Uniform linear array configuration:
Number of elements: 4
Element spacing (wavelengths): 0.5
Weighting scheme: cosine
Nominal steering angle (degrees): -30
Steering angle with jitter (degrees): -28.555
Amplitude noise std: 0.05
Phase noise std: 0.05

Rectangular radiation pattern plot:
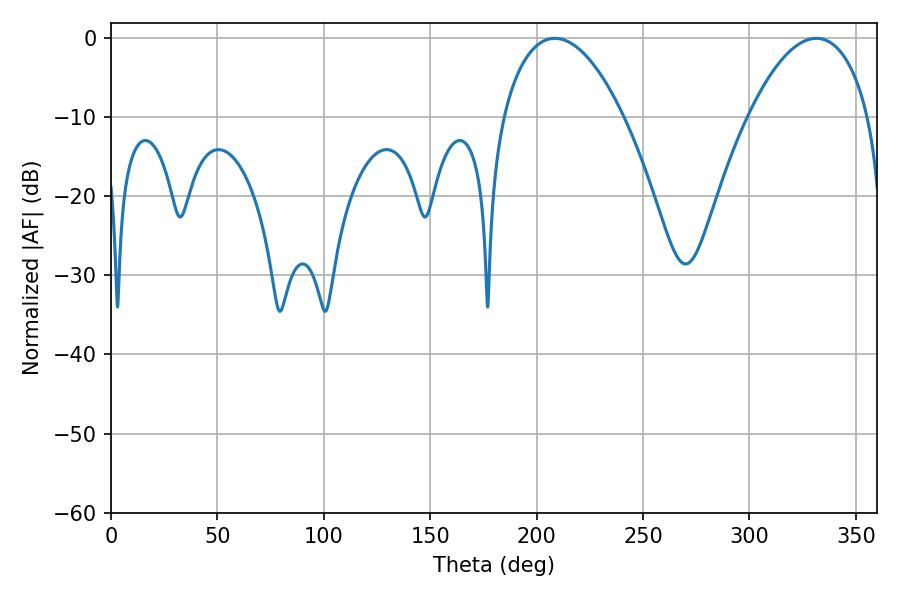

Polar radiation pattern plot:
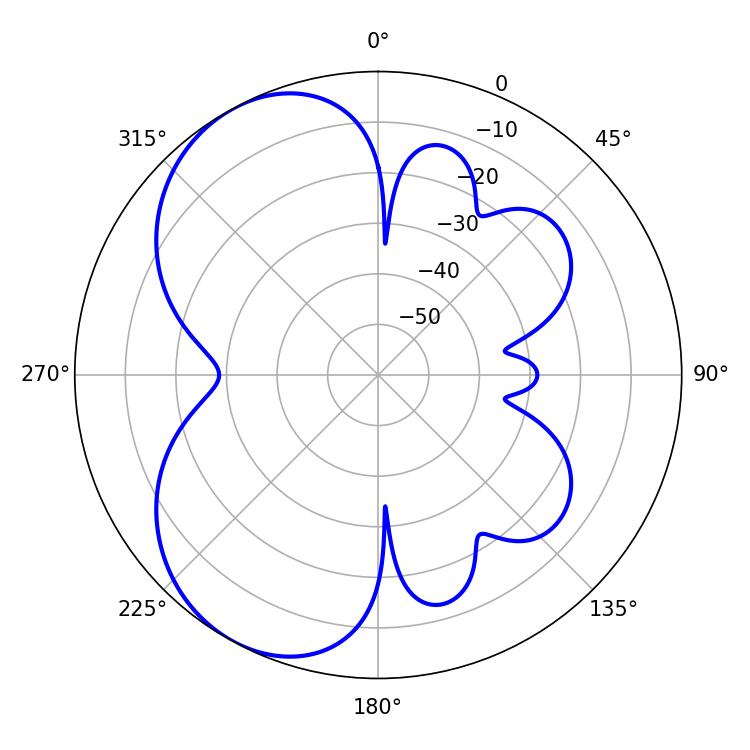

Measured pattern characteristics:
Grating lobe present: FALSE
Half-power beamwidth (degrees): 31.68
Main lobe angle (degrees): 208.62